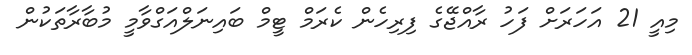
މިއީ 21 އަހަރަށް ފަހު ރާއްޖޭގެ ފިރިހެން ކެރަމް ޓީމް ބައިނަލްއަގްވާމީ މުބާރާތަކުން